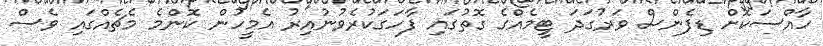
ހާއްސަކޮށް ޑިފެންސް ވަރުގަދަ ޓީމެއްގެ ގޮތުގައި ފާހަގަކުރެވުނުއިރު އެމީހުން ކޮންމެ މެޗެއްގައި ވެސް